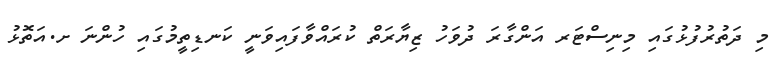
މި ދަތުރުފުޅުގައި މިނިސްޓަރ އަންގާރަ ދުވަހު ޒިޔާރަތް ކުރައްވާފައިވަނީ ކަނޑިތީމުގައި ހުންނަ ށ.އަތޮޅު